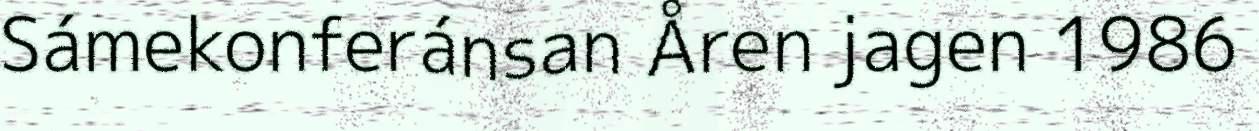
Sámekonferánsan Åren jagen 1986